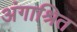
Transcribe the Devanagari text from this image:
अंगाश्रित